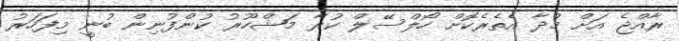
ރާއްޖެ އަށް މުދާ އެތެރެކޮށް ހޯލްސޭލް ކުރާ މަޝްހޫރު ކުންފުނިން ބުނީ މިފަހަރު